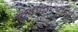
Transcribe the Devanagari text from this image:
केंद्रीकरणाने